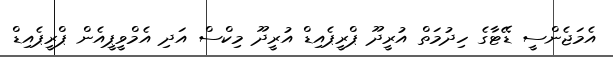
އެމަޖެންސީ ޑޭޓާގެ ހިދުމަތް އުރީދޫ ޕްރީޕެއިޑް އުރީދޫ މިކްސް އަދި އެމްވީޕީއެން ޕްރީޕެއިޑް